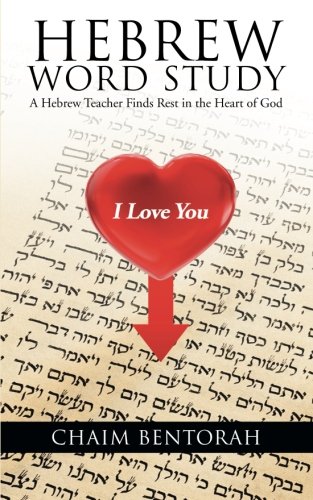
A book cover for Hebrew Word Study: A Hebrew Teacher Finds Rest in the Heart of God; Chaim Bentorah; Reference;